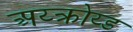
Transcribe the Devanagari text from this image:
अय्क्रोय्ड